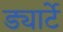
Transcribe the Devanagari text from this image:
ड्यार्टे